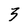
Character: 3